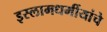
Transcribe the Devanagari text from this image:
इस्लामधर्मीयांचे